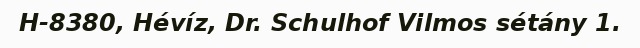
H-8380, Hévíz, Dr. Schulhof Vilmos sétány 1.